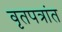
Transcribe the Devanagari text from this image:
वृतपत्रांत